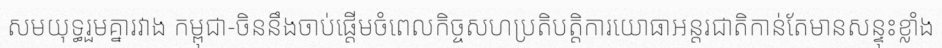
សមយុទ្ធរួមគ្នារវាង កម្ពុជា-ចិននឹងចាប់ផ្តើមចំពេលកិច្ចសហប្រតិបត្តិការយោធាអន្តរជាតិកាន់តែមានសន្ទុះខ្លាំង